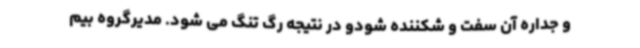
و جداره آن سفت و شکننده شودو در نتیجه رگ تنگ می شود. مدیرگروه بیم